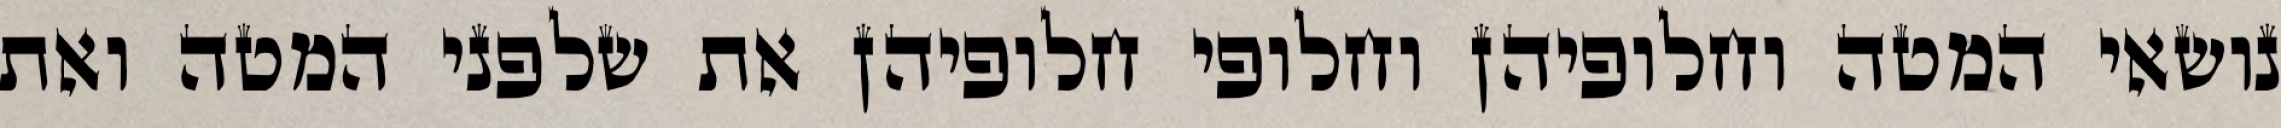
נושאי המטה וחלופיהן וחלופי חלופיהן את שלפני המטה ואת